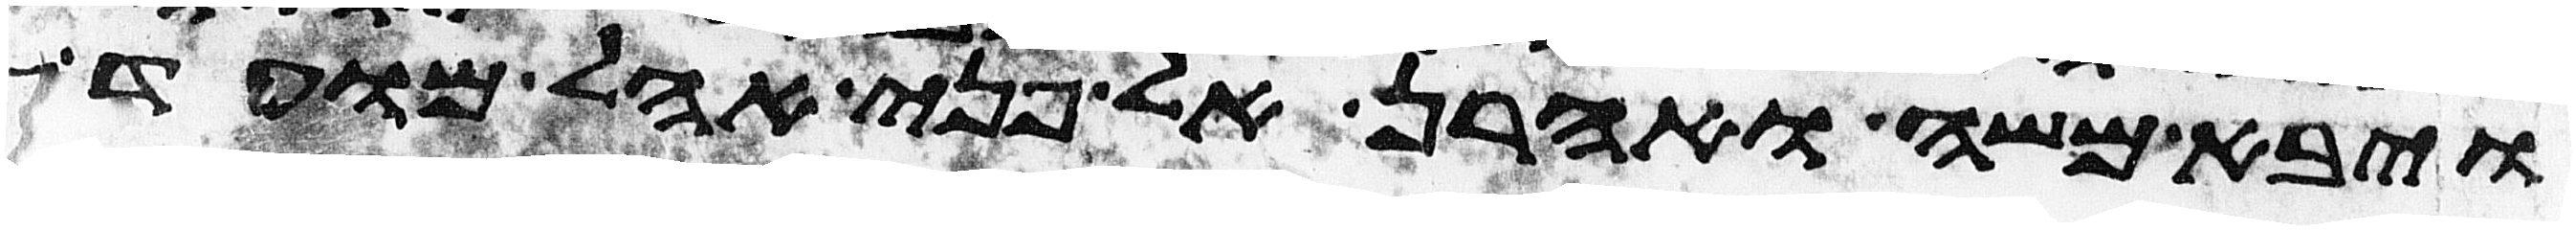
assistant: ויבא משה ואהרן אל פני אהל מועד